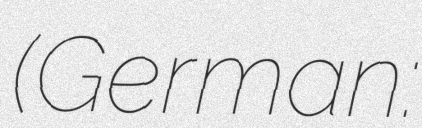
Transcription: (German: